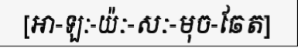
[អា-ឡៈ-យ៉ៈ-សៈ-មុច-ឆែត]